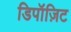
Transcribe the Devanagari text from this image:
डिपॉज़िट